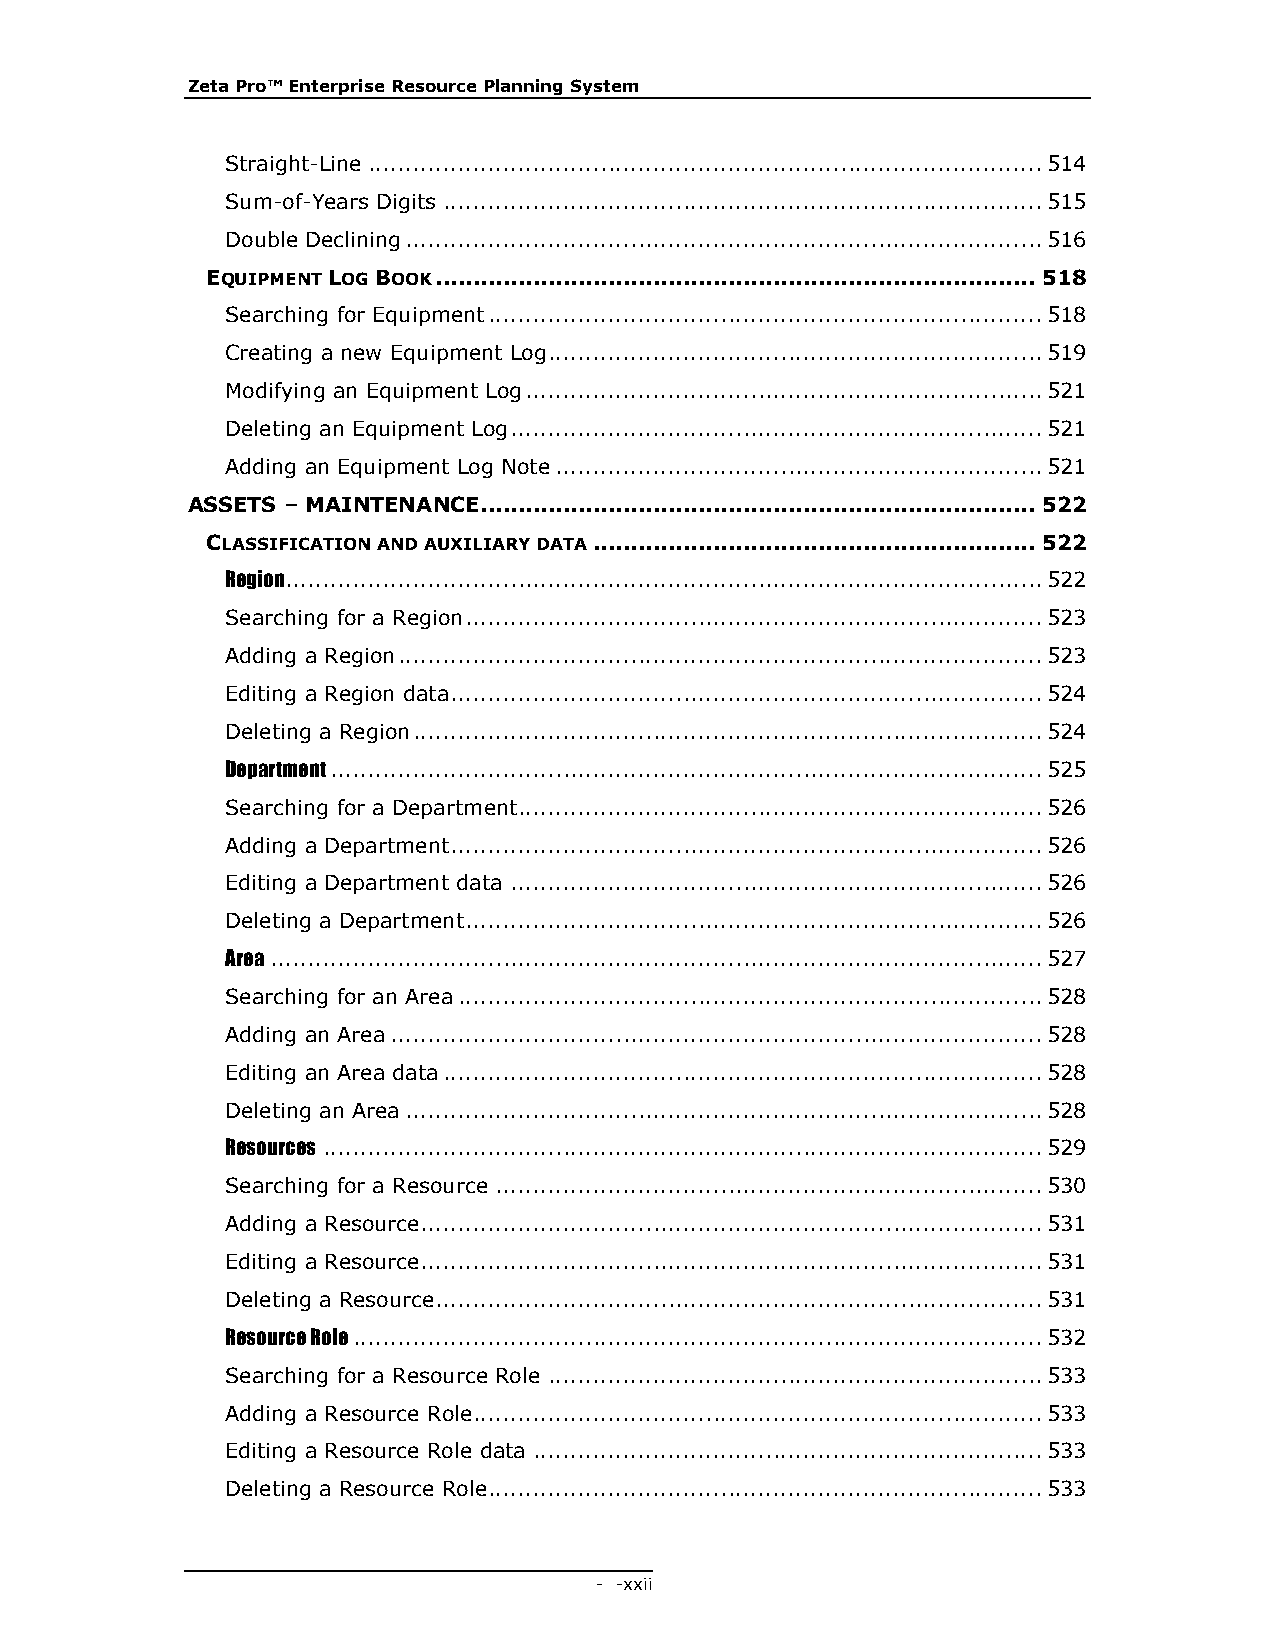
Zeta Pro™ Enterprise Resource Planning System
 Straight-Line .......................................................................................... 514
 Sum-of-Years Digits ................................................................................ 515
 Double Declining ..................................................................................... 516
 EQUIPMENT LOG BOOK ................................................................................ 518
 Searching for Equipment .......................................................................... 518
 Creating a new Equipment Log .................................................................. 519
 Modifying an Equipment Log ..................................................................... 521
 Deleting an Equipment Log ....................................................................... 521
 Adding an Equipment Log Note ................................................................. 521
 ASSETS – MAINTENANCE .......................................................................... 522
 CLASSIFICATION AND AUXILIARY DATA ........................................................... 522
 Region..................................................................................................... 522
 Searching for a Region ............................................................................. 523
 Adding a Region ...................................................................................... 523
 Editing a Region data ............................................................................... 524
 Deleting a Region .................................................................................... 524
 Department ............................................................................................... 525
 Searching for a Department...................................................................... 526
 Adding a Department ............................................................................... 526
 Editing a Department data ....................................................................... 526
 Deleting a Department ............................................................................. 526
 Area ....................................................................................................... 527
 Searching for an Area .............................................................................. 528
 Adding an Area ....................................................................................... 528
 Editing an Area data ................................................................................ 528
 Deleting an Area ..................................................................................... 528
 Resources ................................................................................................ 529
 Searching for a Resource ......................................................................... 530
 Adding a Resource................................................................................... 531
 Editing a Resource ................................................................................... 531
 Deleting a Resource ................................................................................. 531
 Resource Role ............................................................................................ 532
 Searching for a Resource Role .................................................................. 533
 Adding a Resource Role............................................................................ 533
 Editing a Resource Role data .................................................................... 533
 Deleting a Resource Role .......................................................................... 533
 - - xxii